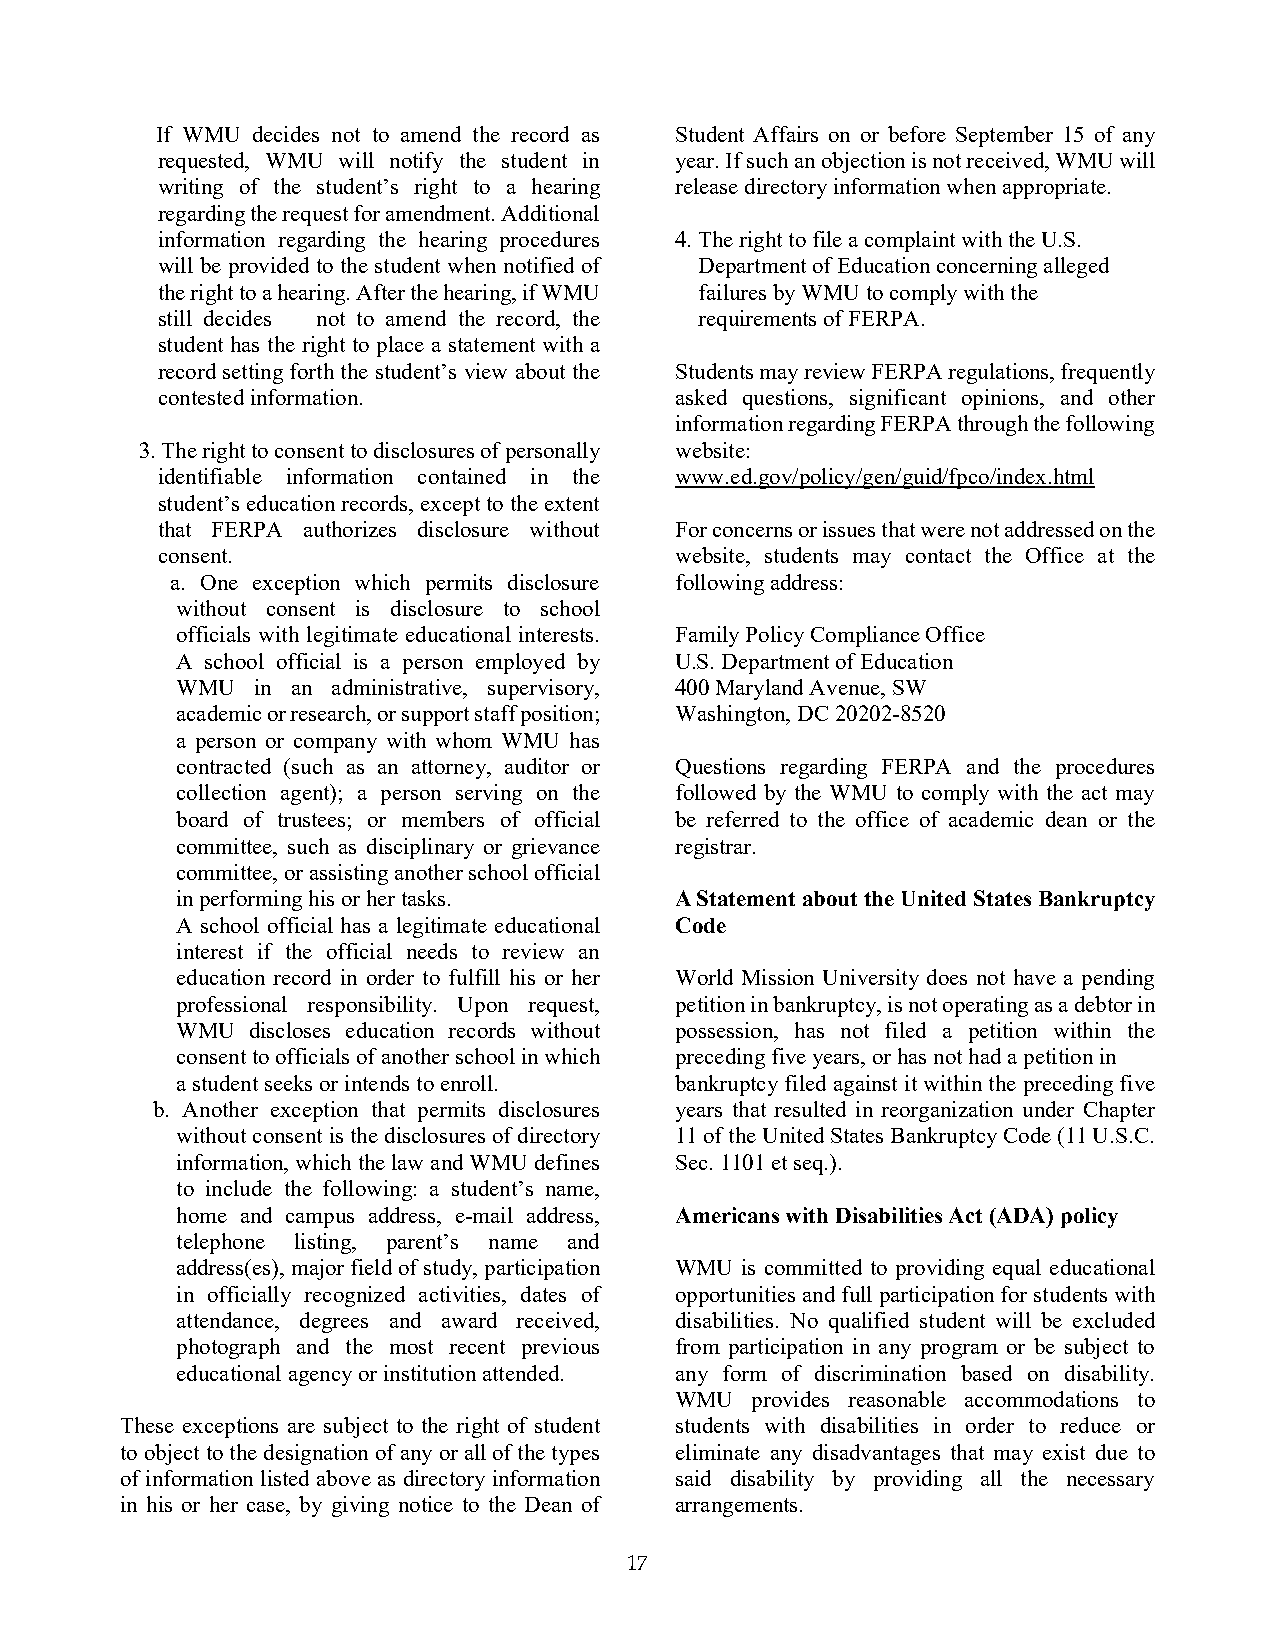
If WMU decides not to amend the record as Student Affairs on or before September 15 of any
 requested, WMU will notify the student in year. If such an objection is not received, WMU will
 writing of the student’s right to a hearing release directory information when appropriate.
 regarding the request for amendment. Additional
 information regarding the hearing procedures 4. The right to file a complaint with the U.S.
 will be provided to the student when notified of Department of Education concerning alleged
 the right to a hearing. After the hearing, if WMU failures by WMU to comply with the
 still decides not to amend the record, the requirements of FERPA.
 student has the right to place a statement with a
 record setting forth the student’s view about the Students may review FERPA regulations, frequently
 contested information.             asked questions, significant opinions, and other
 information regarding FERPA through the following
 3. The right to consent to disclosures of personally website:
 identifiable information contained in the www.ed.gov/policy/gen/guid/fpco/index.html
 student’s education records, except to the extent
 that FERPA authorizes disclosure without For concerns or issues that were not addressed on the
 consent.                           website, students may contact the Office at the
 a. One exception which permits disclosure following address:
 without consent is disclosure to school
 officials with legitimate educational interests. Family Policy Compliance Office
 A school official is a person employed by U.S. Department of Education
 WMU  in an administrative, supervisory, 400 Maryland Avenue, SW
 academic or research, or support staff position; Washington, DC 20202-8520
 a person or company with whom WMU has
 contracted (such as an attorney, auditor or Questions regarding FERPA and the procedures
 collection agent); a person serving on the followed by the WMU to comply with the act may
 board of trustees; or members of official be referred to the office of academic dean or the
 committee, such as disciplinary or grievance registrar.
 committee, or assisting another school official
 in performing his or her tasks.  A Statement about the United States Bankruptcy
 A school official has a legitimate educational Code
 interest if the official needs to review an
 education record in order to fulfill his or her World Mission University does not have a pending
 professional responsibility. Upon request, petition in bankruptcy, is not operating as a debtor in
 WMU discloses education records without possession, has not filed a petition within the
 consent to officials of another school in which preceding five years, or has not had a petition in
 a student seeks or intends to enroll. bankruptcy filed against it within the preceding five
 b. Another exception that permits disclosures years that resulted in reorganization under Chapter
 without consent is the disclosures of directory 11 of the United States Bankruptcy Code (11 U.S.C.
 information, which the law and WMU defines Sec. 1101 et seq.).
 to include the following: a student’s name,
 home and campus address, e-mail address, Americans with Disabilities Act (ADA) policy
 telephone listing, parent’s name and
 address(es), major field of study, participation WMU is committed to providing equal educational
 in officially recognized activities, dates of opportunities and full participation for students with
 attendance, degrees and award received, disabilities. No qualified student will be excluded
 photograph and the most recent previous from participation in any program or be subject to
 educational agency or institution attended. any form of discrimination based on disability.
 WMU  provides reasonable accommodations to
 These exceptions are subject to the right of student students with disabilities in order to reduce or
 to object to the designation of any or all of the types eliminate any disadvantages that may exist due to
 of information listed above as directory information said disability by providing all the necessary
 in his or her case, by giving notice to the Dean of arrangements.
 17